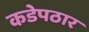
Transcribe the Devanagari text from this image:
कडेपठार